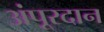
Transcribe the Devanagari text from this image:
अंपूरदान